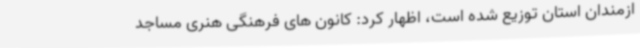
ازمندان استان توزیع شده است، اظهار کرد: کانون های فرهنگی هنری مساجد